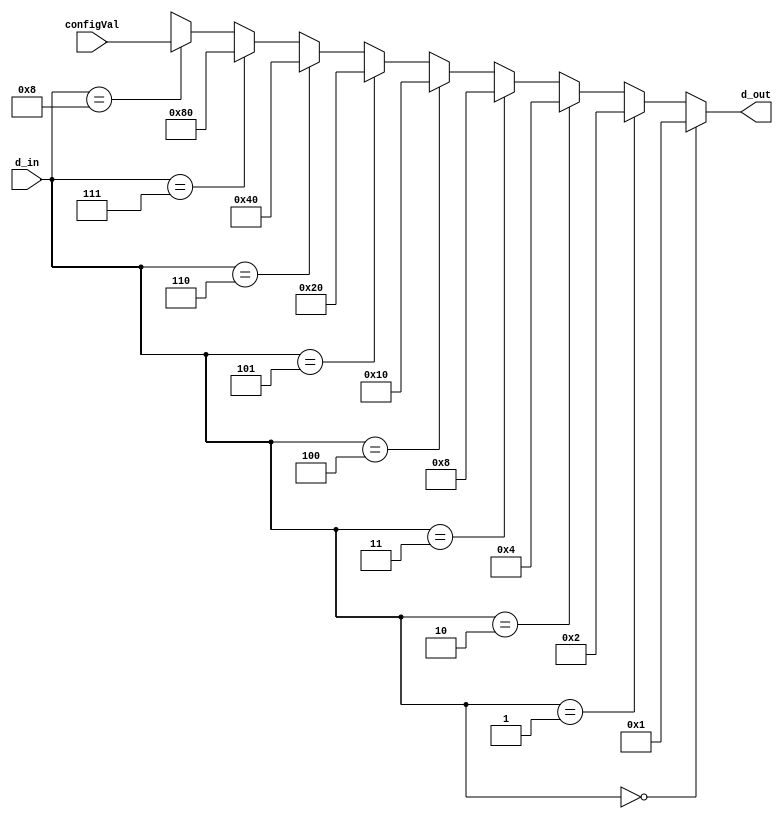
module decoder48(d_out, d_in,configVal);

   output [7:0] d_out;
   input [3:0]   d_in;
   input [7:0] configVal;
   parameter tmp = 8'b00000001;

assign d_out = (d_in == 4'b0000) ? tmp   :
               (d_in == 4'b0001) ? tmp<<1:
               (d_in == 4'b0010) ? tmp<<2:
               (d_in == 4'b0011) ? tmp<<3:
               (d_in == 4'b0100) ? tmp<<4:
               (d_in == 4'b0101) ? tmp<<5:
               (d_in == 4'b0110) ? tmp<<6:
               (d_in == 4'b0111) ? tmp<<7:
               (d_in == 4'b1000) ? configVal: 8'bxxxxxxxx;

endmodule